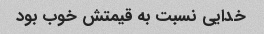
خدایی نسبت به قیمتش خوب بود